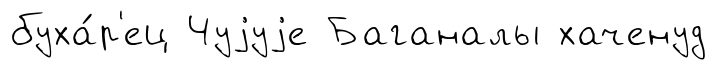
буха́р'ец Чуjуjе Баганалы хаченуд